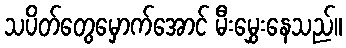
သပိတ်တွေမှောက်အောင် မီးမွှေးနေသည်။